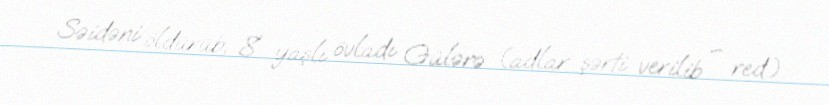
Səidəni öldürüb, 8 yaşlı övladı Gülərə (adlar şərti verilib – red.).